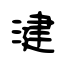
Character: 湕